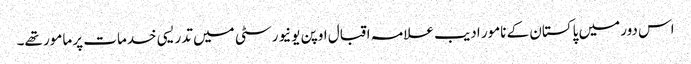
اس دور میں پاکستان کے نامور ادیب علامہ اقبال اوپن یونیورسٹی میں تدریسی خدمات پر مامور تھے۔